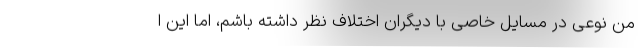
منِ نوعی در مسایل خاصی با دیگران اختلاف نظر داشته باشم، اما این ا